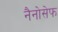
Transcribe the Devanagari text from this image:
नैनोसेफ